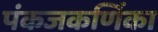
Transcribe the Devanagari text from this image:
पंकजकर्णिका